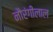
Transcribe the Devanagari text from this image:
नौरंगीलाल